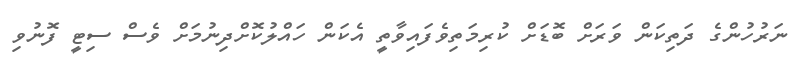
ނަރުހުންގެ ދަތިކަން ވަރަށް ބޮޑަށް ކުރިމަތިވެފައިވާތީ އެކަން ހައްލުކޮށްދިނުމަށް ވެސް ސިޓީ ފޮނުވި